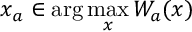
x _ { a } \in \arg \operatorname* { m a x } _ { x } W _ { a } ( x )